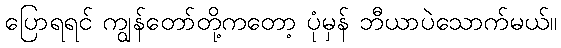
ပြောရရင် ကျွန်တော်တို့ကတော့ ပုံမှန် ဘီယာပဲသောက်မယ်။